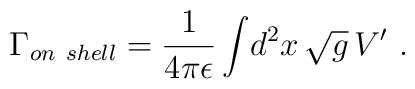
{\Gamma_{on\ shell}}={1\over4\pi\epsilon}\int\!d^2x\,\sqrt{g}\,V' \ .